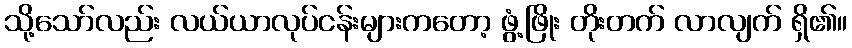
သို့သော်လည်း လယ်ယာလုပ်ငန်းများကတော့ ဖွံ့ဖြိုး တိုးတက် လာလျက် ရှိ၏။